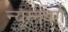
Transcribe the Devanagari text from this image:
न्यूरनबर्ग